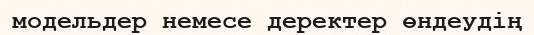
модельдер немесе деректер өндеудің